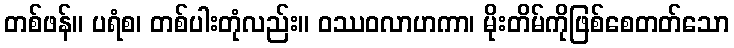
တစ်ဖန်။ ပရံစ၊ တစ်ပါးတုံလည်း။ ဝဿဝလာဟကာ၊ မိုးတိမ်ကိုဖြစ်စေတတ်သော